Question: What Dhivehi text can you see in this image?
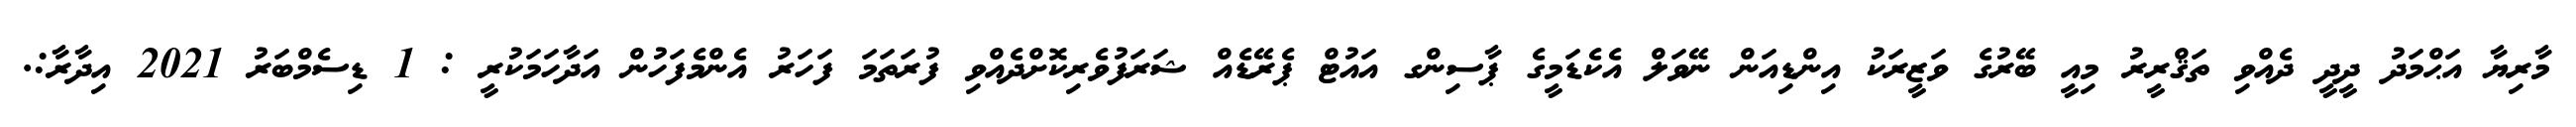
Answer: މާރިޔާ އަޙްމަދު ދީދީ ދެއްވި ތަޤްރީރު މިއީ ބޭރުގެ ވަޒީރަކު އިންޑިއަން ނޭވަލް އެކެޑަމީގެ ޕާސިންގ އައުޓް ޕެރޭޑެއް ޝަރަފުވެރިކޮށްދެއްވި ފުރަތަމަ ފަހަރު އެންމެފަހުން އަދާހަމަކުރީ : 1 ޑިސެމްބަރު 2021 އިދާރާ:.